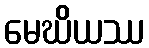
မေဃိယဿ